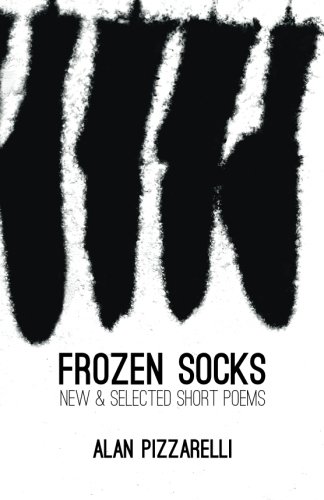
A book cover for Frozen Socks: New & Selected Short Poems; Alan Pizzarelli; Literature & Fiction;